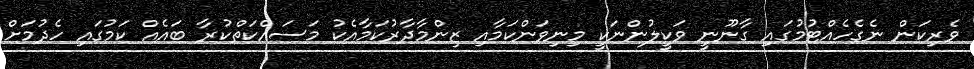
ވެރިކަން ނެގެހެއްޓުމުގައި ގާނޫނީ ވަކީލުންނަކީ މިނިވަންކަމާއި ޒިންމާދާރުކަމާއެކު މަސައްކަތްކުރާ ބައެއް ކަމުގައި ހެދުމަށް